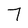
Character: 7